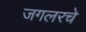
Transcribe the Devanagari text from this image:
जगलरचे